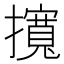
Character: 𢸎